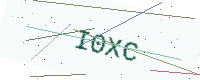
Text: I0XC